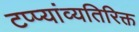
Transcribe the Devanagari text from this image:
टप्प्यांव्यतिरिक्त